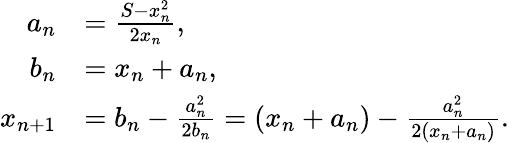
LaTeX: {\begin{array}{rl}{a_{n}}&{={\frac{S-x_{n}^{2}}{2x_{n}}},}\\ {b_{n}}&{=x_{n}+a_{n},}\\ {x_{n+1}}&{=b_{n}-{\frac{a_{n}^{2}}{2b_{n}}}=(x_{n}+a_{n})-{\frac{a_{n}^{2}}{2(x_{n}+a_{n})}}.}\end{array}}